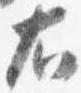
右